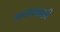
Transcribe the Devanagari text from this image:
कनाकवाल्ली